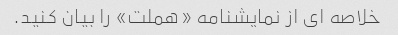
خلاصه ای از نمایشنامه «هملت» را بیان کنید.